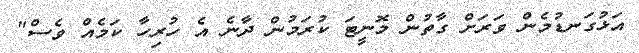
އަޅުގަނޑުމެން ވަރަށް ގާތުން މޮނީޓަ ކުރަމުން ދާނެ އެ ހުރިހާ ކަމެއް ވެސް"